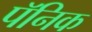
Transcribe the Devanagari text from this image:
पॅनिक